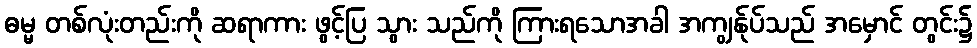
ဓမ္မ တစ်လုံးတည်းကို ဆရာကား ဖွင့်ပြ သွား သည်ကို ကြားရသောအခါ အကျွန်ုပ်သည် အမှောင် တွင်း၌